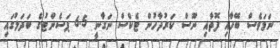
ނަމަވެސް ބޭހާއި ފޮތާއި ނޫސް ކަރުދާހުން ޓެކްސް ނަގާނީ 6.5 ޕަސެންޓުގެ ބަދަލުގައި